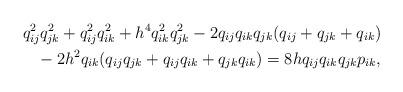
LaTeX: \begin{align*}q_{ij}^2 q_{jk}^2 +q_{ij}^2 q_{ik}^2 + h^4q_{ik}^2 q_{jk}^2 -2q_{ij} q_{ik} q_{jk}(q_{ij}+q_{jk} +q_{ik}) \\{} -2 h^2 q_{ik}(q_{ij} q_{jk}+q_{ij} q_{ik}+q_{jk} q_{ik}) = 8 h q_{ij}q_{ik} q_{jk} p_{ik},\end{align*}